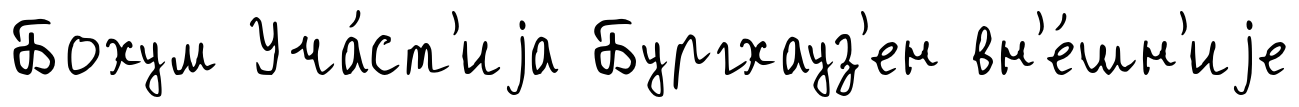
Бохум Уча́ст'иjа Бургхауз'ен вн'е́шн'иjе